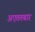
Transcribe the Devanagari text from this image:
अएततबार